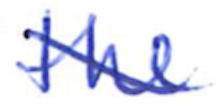
Text: the
Cross-out: diagonal
Writing tool: ballpoint